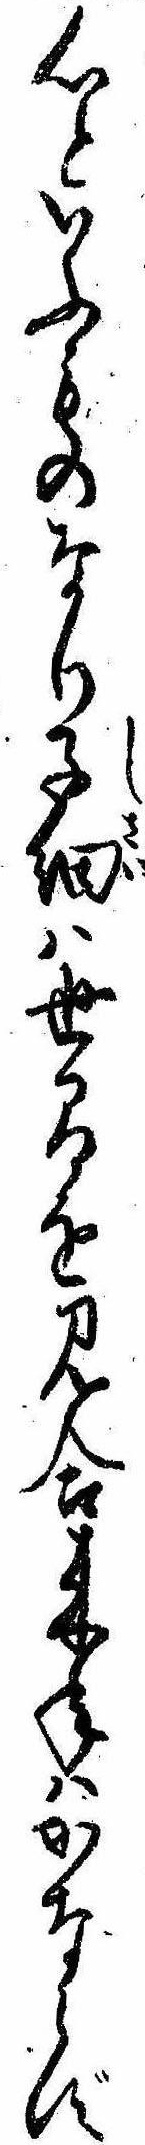
心といふものなり子細は世間を見合来年はかならず